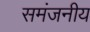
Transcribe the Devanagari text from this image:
समंजनीय